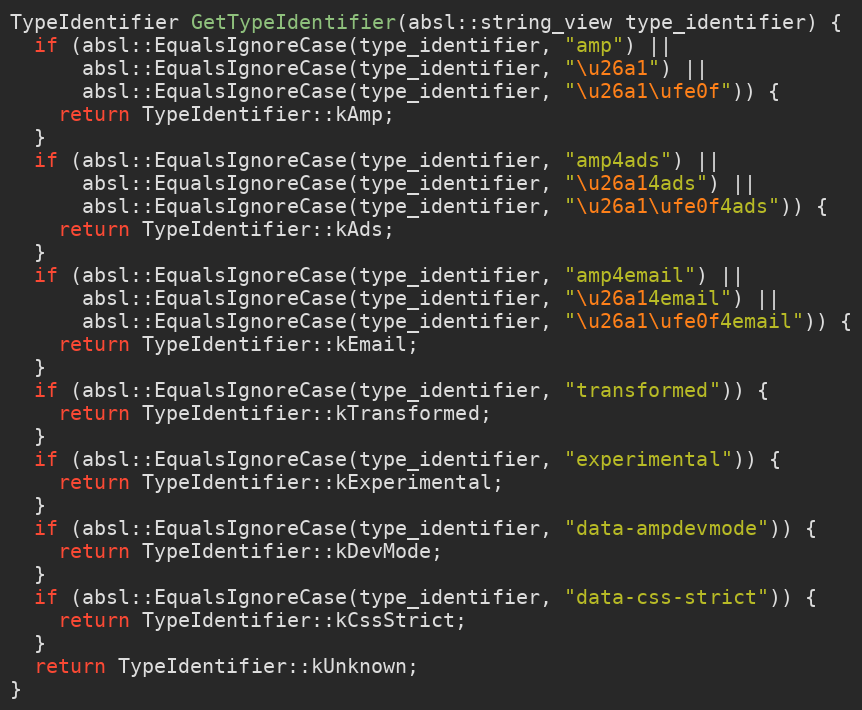
Language: C++
TypeIdentifier GetTypeIdentifier(absl::string_view type_identifier) {
  if (absl::EqualsIgnoreCase(type_identifier, "amp") ||
      absl::EqualsIgnoreCase(type_identifier, "\u26a1") ||
      absl::EqualsIgnoreCase(type_identifier, "\u26a1\ufe0f")) {
    return TypeIdentifier::kAmp;
  }
  if (absl::EqualsIgnoreCase(type_identifier, "amp4ads") ||
      absl::EqualsIgnoreCase(type_identifier, "\u26a14ads") ||
      absl::EqualsIgnoreCase(type_identifier, "\u26a1\ufe0f4ads")) {
    return TypeIdentifier::kAds;
  }
  if (absl::EqualsIgnoreCase(type_identifier, "amp4email") ||
      absl::EqualsIgnoreCase(type_identifier, "\u26a14email") ||
      absl::EqualsIgnoreCase(type_identifier, "\u26a1\ufe0f4email")) {
    return TypeIdentifier::kEmail;
  }
  if (absl::EqualsIgnoreCase(type_identifier, "transformed")) {
    return TypeIdentifier::kTransformed;
  }
  if (absl::EqualsIgnoreCase(type_identifier, "experimental")) {
    return TypeIdentifier::kExperimental;
  }
  if (absl::EqualsIgnoreCase(type_identifier, "data-ampdevmode")) {
    return TypeIdentifier::kDevMode;
  }
  if (absl::EqualsIgnoreCase(type_identifier, "data-css-strict")) {
    return TypeIdentifier::kCssStrict;
  }
  return TypeIdentifier::kUnknown;
}